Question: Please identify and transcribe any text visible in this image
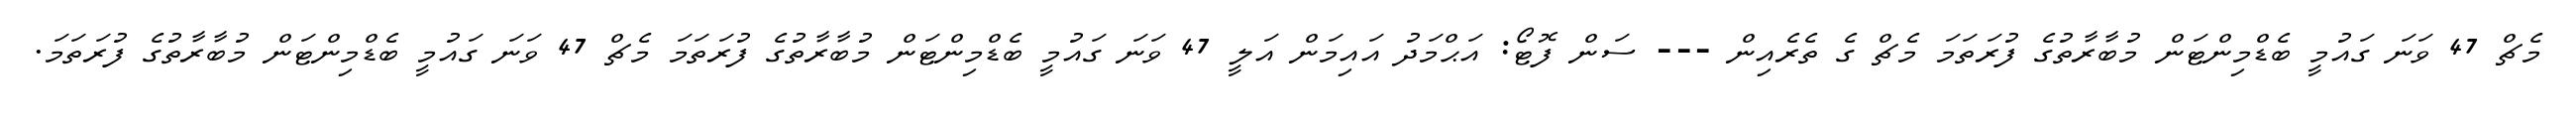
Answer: މެޗް 47 ވަނަ ގައުމީ ބެޑްމިންޓަން މުބާރާތުގެ ފުރަތަމަ މެޗް ގެ ތެރެއިން --- ސަން ފޮޓޯ: އަޙްމަދު އައިމަން އަލީ 47 ވަނަ ގައުމީ ބެޑްމިންޓަން މުބާރާތުގެ ފުރަތަމަ މެޗް 47 ވަނަ ގައުމީ ބެޑްމިންޓަން މުބާރާތުގެ ފުރަތަމަ.